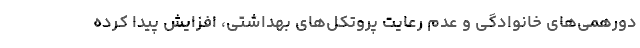
دورهمی‌های خانوادگی و عدم رعایت پروتکل‌های بهداشتی، افزایش پیدا کرده